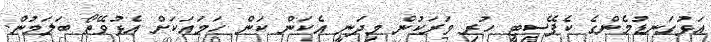
އަޅުގަނޑުމެންގެ ކެޕޭސިޓީ ހުރި ވަރަކުން މިދަނީ އެކަން ކަން ހަމައަކަށް އެޅުވޭތޯ ބަލަމުން.